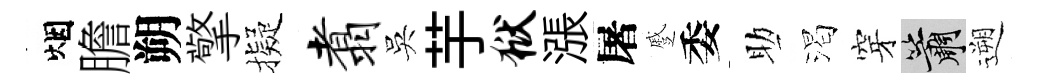
烟膽朔擎擬翥吳芋狱漲屠蹙委助渴穿簫遡